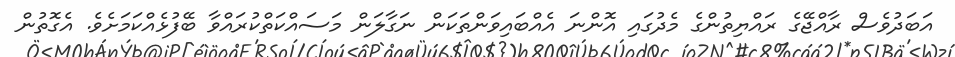
އަބަދުވެސް ރާއްޖޭގެ ރައްޔިތުންގެ މެދުގައި އޮންނަ އެއްބައިވަންތަކަން ނަގާލަން މަސައްކަތްކުރައްވާ ބޭފުޅެއްކަމަށެވެ. އެގޮތުން